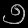
Digit: ၅